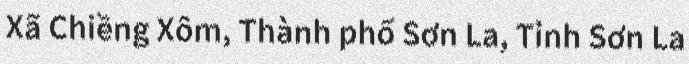
Xã Chiềng Xôm, Thành phố Sơn La, Tỉnh Sơn La